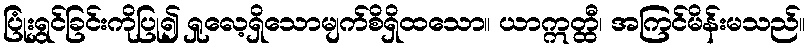
ပြုံးရွှင်ခြင်းကိုပြု၍ ရှုလေ့ရှိသောမျက်စိရှိထသော။ ယာဣတ္ထီ၊ အကြင်မိန်းမသည်။